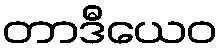
တာဒီယေဝ